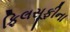
ફિલસૂફીના